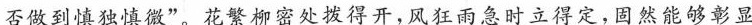
否做到慎独慎微”。花繁柳密处拨得开，风狂雨急时立得定，固然能够彰显